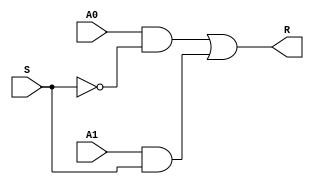
module _2to1mux(A0, A1, S, R);
	input A0, A1,S;
	output R;
	wire nS,I0,I1;
	not n0(nS, S);
	and a0(I0, A0, nS), a1(I1, A1, S);
	or o0(R, I0, I1);
endmodule

module half_adder(C,S,A,B);

output C,S;
input A,B;

xor x0(S,A,B);
and a0(C,A,B);

endmodule


module full_adder(C_out, S, A, B, C_in);

output C_out, S;
input A,B,C_in;
wire C0, C1;
wire S0;

half_adder h0(C0, S0, A, B);
half_adder h1(C1, S, S0, C_in);
or o0(C_out, C1, C0);
endmodule

module eight_bit_2to1mux(I0,I1,S,R);
	input [7:0] I0,I1;
	input S;
	output [7:0] R;
	_2to1mux m1(I0[0],I1[0],S,R[0]);
	_2to1mux m2(I0[1],I1[1],S,R[1]);
	_2to1mux m3(I0[2],I1[2],S,R[2]);
	_2to1mux m4(I0[3],I1[3],S,R[3]);
	_2to1mux m5(I0[4],I1[4],S,R[4]);
	_2to1mux m6(I0[5],I1[5],S,R[5]);
	_2to1mux m7(I0[6],I1[6],S,R[6]);
	_2to1mux m8(I0[7],I1[7],S,R[7]);
endmodule

module three_bit_fa(M,C0,S,C_out, A,B);

output [2:0] S;
output C_out;
wire [3:1] Ci;
input C0, M;
input [2:0] A,B;
wire [2:0] B_N;

xor(B_N[0], B[0], M);
xor(B_N[1], B[1], M);
xor(B_N[2], B[2], M);

full_adder f0(Ci[1], S[0], A[0], B_N[0], C0);
full_adder f1(Ci[2], S[1], A[1], B_N[1], Ci[1]);
full_adder f2(Ci[3], S[2], A[2], B_N[2], Ci[2]);

assign C_out = Ci[3];
endmodule

module four_bit_fa(M,C0,S,C_out, A,B);

output [3:0] S;
output C_out;
wire [4:1] Ci;
input C0, M;
input [3:0] A,B;
wire [3:0] B_N;

xor(B_N[0], B[0], M);
xor(B_N[1], B[1], M);
xor(B_N[2], B[2], M);
xor(B_N[3], B[3], M);

full_adder f0(Ci[1], S[0], A[0], B_N[0], C0);
full_adder f1(Ci[2], S[1], A[1], B_N[1], Ci[1]);
full_adder f2(Ci[3], S[2], A[2], B_N[2], Ci[2]);
full_adder f3(Ci[4], S[3], A[3], B_N[3], Ci[3]);

assign C_out = Ci[4];
endmodule

module eight_bit_fa(M,C0,S,C_out,A,B);	//A,B added number, C0: carry-in(usually 0)
	output [7:0] S;						//M: adder or subtracter
	output C_out;						//S: result, C_out: overflowed bit
	wire [8:1] Ci;
	input C0, M;
	input [7:0] A,B;
	wire [7:0] B_N;
	
	xor(B_N[0], B[0], M);
	xor(B_N[1], B[1], M);
	xor(B_N[2], B[2], M);
	xor(B_N[3], B[3], M);
	xor(B_N[4], B[4], M);
	xor(B_N[5], B[5], M);
	xor(B_N[6], B[6], M);
	xor(B_N[7], B[7], M);
	
	full_adder f0(Ci[1], S[0], A[0], B_N[0], C0);
	full_adder f1(Ci[2], S[1], A[1], B_N[1], Ci[1]);
	full_adder f2(Ci[3], S[2], A[2], B_N[2], Ci[2]);
	full_adder f3(Ci[4], S[3], A[3], B_N[3], Ci[3]);
	full_adder f4(Ci[5], S[4], A[4], B_N[4], Ci[4]);
	full_adder f5(Ci[6], S[5], A[5], B_N[5], Ci[5]);
	full_adder f6(Ci[7], S[6], A[6], B_N[6], Ci[6]);
	full_adder f7(Ci[8], S[7], A[7], B_N[7], Ci[7]);
	assign C_out = Ci[8];
endmodule

module single_cycle_divisor(A,M,Q, result_A, result_Q);
	input [7:0] A,M,Q;
	output [7:0] result_A, result_Q;
	
	wire [7:0] shifted_A, shifted_Q, A_M, AM_Q, AP_Q;
	wire C_out;
	
	assign shifted_A = {A[6], A[5],A[4],A[3],A[2],A[1],A[0],Q[7]};
	assign shifted_Q = {Q[6], Q[5],Q[4],Q[3],Q[2],Q[1],Q[0],1'b0};
	//module eight_bit_fa(M,C0,S,C_out,A,B);
	eight_bit_fa fa0(1'b1, 1'b1, A_M, C_out, shifted_A, M);	//A-M
	//module eight_bit_2to1mux(I0,I1,S,R);
	assign AM_Q = {shifted_Q[7], shifted_Q[6], shifted_Q[5], shifted_Q[4], shifted_Q[3], shifted_Q[2], shifted_Q[1], 1'b0};	//when A_M is nagative, A<M
	assign AP_Q = {shifted_Q[7], shifted_Q[6], shifted_Q[5], shifted_Q[4], shifted_Q[3], shifted_Q[2], shifted_Q[1], 1'b1};	//when A_M is positive, A>=M
	eight_bit_2to1mux mux0(AP_Q, AM_Q, A_M[7], result_Q);
	eight_bit_2to1mux mux1(A_M, shifted_A, A_M[7], result_A);
endmodule

module binary_divisor(Q,M,Quotient, remainder);
//M:divisor, Q: Dividend
	input [7:0] M,Q;
	output [7:0] Quotient, remainder;
	wire [7:0] A_1, A_2, A_3, A_4, A_5, A_6, A_7;
	wire [7:0] Q_1, Q_2, Q_3, Q_4, Q_5, Q_6, Q_7;
	
	single_cycle_divisor div0(8'd0, M, Q, A_1, Q_1);
	single_cycle_divisor div1(A_1, M, Q_1, A_2, Q_2);
	single_cycle_divisor div2(A_2, M, Q_2, A_3, Q_3);
	single_cycle_divisor div3(A_3, M, Q_3, A_4, Q_4);
	single_cycle_divisor div4(A_4, M, Q_4, A_5, Q_5);
	single_cycle_divisor div5(A_5, M, Q_5, A_6, Q_6);
	single_cycle_divisor div6(A_6, M, Q_6, A_7, Q_7);
	single_cycle_divisor div7(A_7, M, Q_7, remainder, Quotient);

endmodule


module testbench();
	reg [7:0] A, B;
	wire [7:0] Quotient, remainder;
	binary_divisor div0(A,B, Quotient, remainder);
	initial begin
		$monitor ("Time=%d, A=%d, B=%d, Quotient=%d, remainder=%d",
			$time,A,B,Quotient,remainder);
		#10; A = 7; B = 3;
		#10; A = 7; B = 5;
		#10; A = 11; B = 8;
		#10; A = 16; B = 6;
		#10; A = 18; B = 9;
	end
endmodule